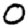
Digit: 0